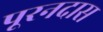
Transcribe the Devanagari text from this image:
पूरनदास